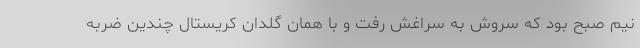
نیم صبح بود که سروش به سراغش رفت و با همان گلدان کریستال چندین ضربه